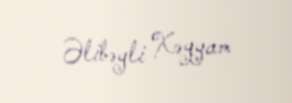
Əlibəyli Xəyyam